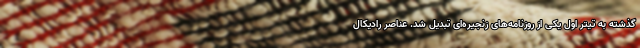
گذشته به تیتر اول یکی از روزنامه‌های زنجیره‌ای تبدیل شد. عناصر رادیکال